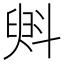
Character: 斞